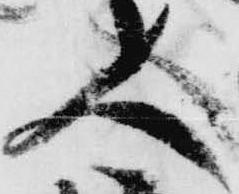
人